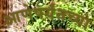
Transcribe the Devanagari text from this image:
आणेपर्यंतच्या